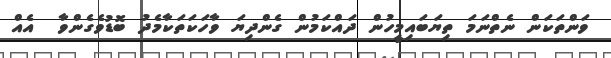
ވަންތަކަން ނެތްނަމަ ތިޔަބައިމީހުން ދައްކަމުން ގެންދިޔަ ވާހަކަތަކާމެދު ބޮޑުވެގެންވާ  އެއް